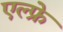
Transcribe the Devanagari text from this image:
एल्फ्रे